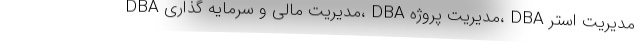
DBA مدیریت مالی و سرمایه گذاری، DBA مدیریت پروژه، DBA مدیریت استر